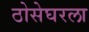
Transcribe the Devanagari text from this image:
ठोसेघरला